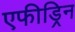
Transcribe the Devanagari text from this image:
एफीड्रिन